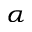
_ \alpha